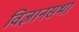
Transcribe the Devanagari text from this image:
विज्ञानसभा